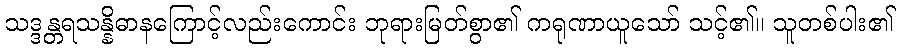
သဒ္ဒန္တရသန္နိဓာနကြောင့်လည်းကောင်း ဘုရားမြတ်စွာ၏ ကရုဏာယူသော် သင့်၏။ သူတစ်ပါး၏